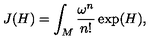
J ( H ) = \int _ { M } \frac { \omega ^ { n } } { n ! } \exp ( H ) ,